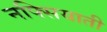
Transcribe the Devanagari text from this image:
नफ्सियाती